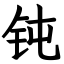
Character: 钝